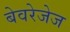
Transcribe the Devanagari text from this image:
बेवरेजेज